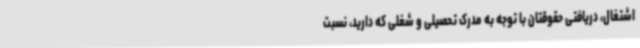
اشتغال، دریافتی حقوقتان با توجه به مدرک تحصیلی و شغلی که دارید، نسبت